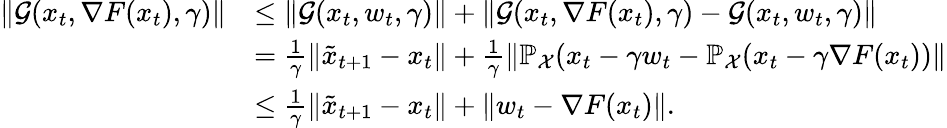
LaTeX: \begin{array}{rl}{\| \mathcal{G}(x_{t},\nabla F(x_{t}),\gamma)\| }&{\leq\| \mathcal{G}(x_{t},w_{t},\gamma)\| +\| \mathcal{G}(x_{t},\nabla F(x_{t}),\gamma)-\mathcal{G}(x_{t},w_{t},\gamma)\| }\\ &{=\frac{1}{\gamma}\| \tilde{x}_{t+1}-x_{t}\| +\frac{1}{\gamma}\| \mathbb{P}_{\mathcal{X}}(x_{t}-\gamma w_{t}-\mathbb{P}_{\mathcal{X}}(x_{t}-\gamma\nabla F(x_{t}))\| }\\ &{\leq\frac{1}{\gamma}\| \tilde{x}_{t+1}-x_{t}\| +\| w_{t}-\nabla F(x_{t})\| .}\end{array}